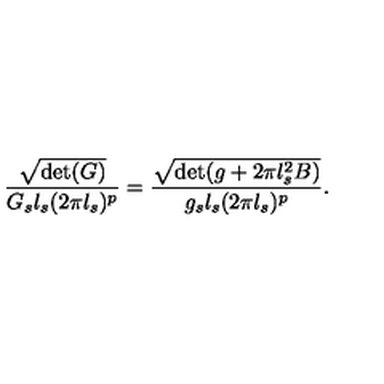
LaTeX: { \frac { \sqrt { \det ( G ) } } { G _ { s } l _ { s } ( 2 \pi l _ { s } ) ^ { p } } } = { \frac { \sqrt { \det ( g + 2 \pi l _ { s } ^ { 2 } B ) } } { g _ { s } l _ { s } ( 2 \pi l _ { s } ) ^ { p } } } .